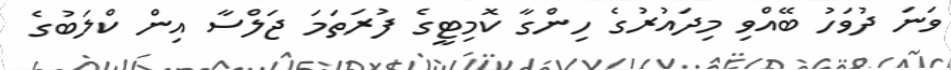
ވަނަ ދުވަހު ބޭއްވި މިދައުރުގެ ހިންގާ ކޮމިޓީގެ ފުރަތަމަ ޖަލްސާ އިން ކްލަބުގެ